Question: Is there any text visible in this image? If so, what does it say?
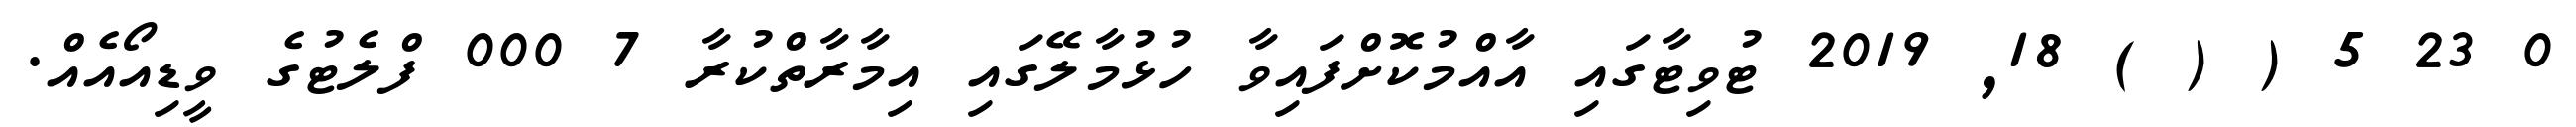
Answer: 0 23 5 ( ( ) 18, 2019 ޓުވިޓާގައި އާއްމުކޮށްފައިވާ ހުޅުމާލޭގައި އިމާރާތްކުރާ 7 000 ފްލެޓުގެ ވީޑިއޯއެއް.